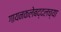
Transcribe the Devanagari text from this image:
गायनकलेबद्दलच्या